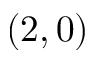
( 2 , 0 )